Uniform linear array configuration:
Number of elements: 24
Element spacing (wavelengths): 0.5
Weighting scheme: binomial
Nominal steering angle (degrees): -60
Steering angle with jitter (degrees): -58.607
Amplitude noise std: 0.05
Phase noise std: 0.05

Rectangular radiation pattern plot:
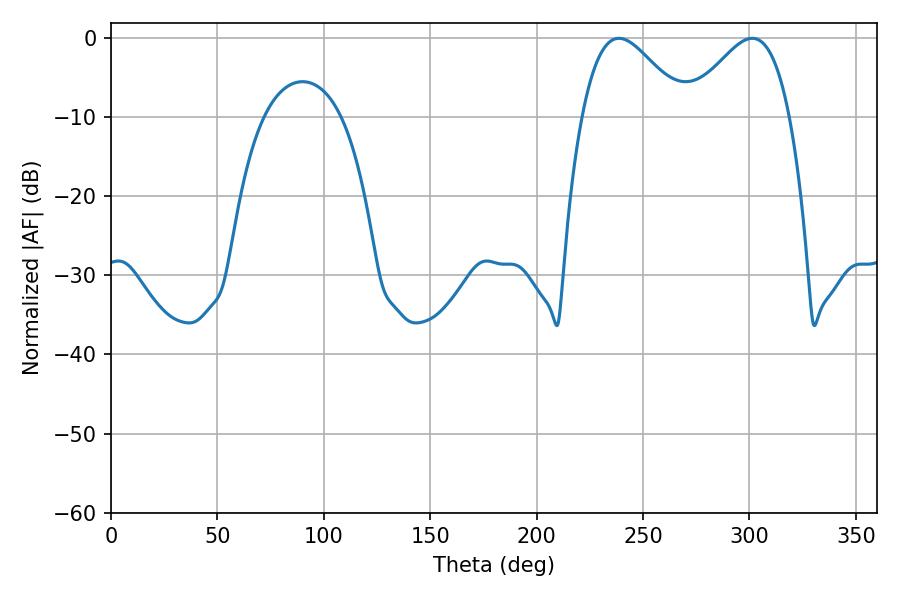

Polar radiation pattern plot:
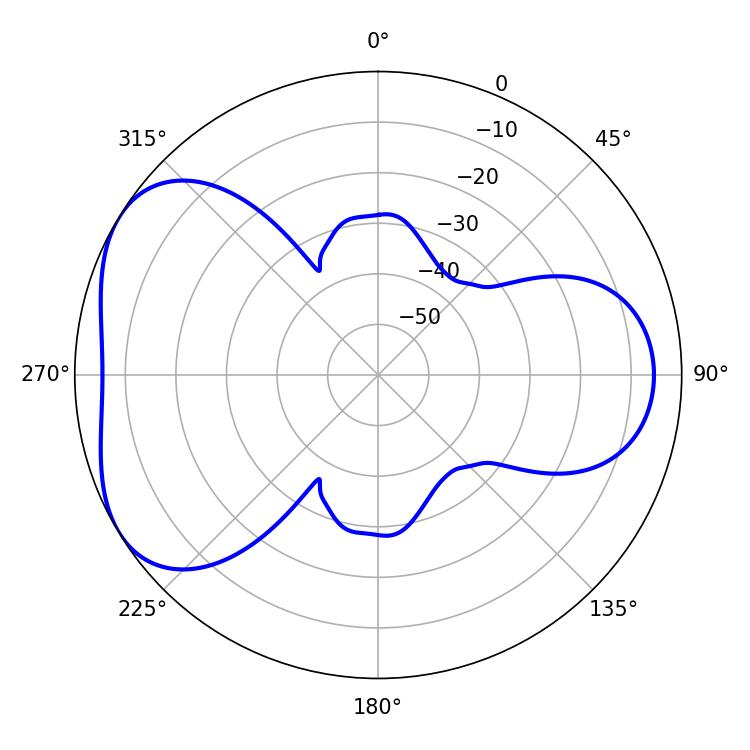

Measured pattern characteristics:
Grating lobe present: FALSE
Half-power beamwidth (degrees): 25.74
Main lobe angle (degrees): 238.68